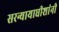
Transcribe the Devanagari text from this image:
सरन्यायाधीशांनी